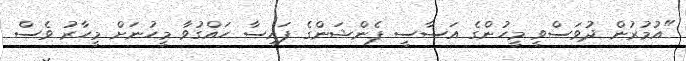
"އުމުރުން ދުވަސްވީ މީހުންގެ އަސާސީ ޕެންޝަންގެ ފައިސާ ހައްގުވާ މީހުނަށް މީހާރު ވެސް